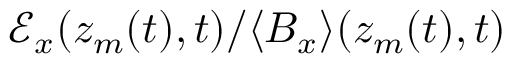
\mathcal { E } _ { x } ( z _ { m } ( t ) , t ) / \langle B _ { x } \rangle ( z _ { m } ( t ) , t )